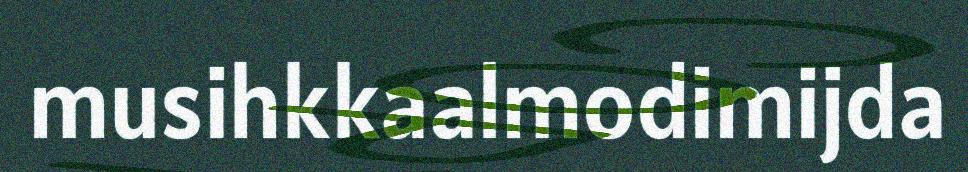
musihkkaalmodimijda